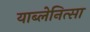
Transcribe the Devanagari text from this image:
याब्लेनित्सा